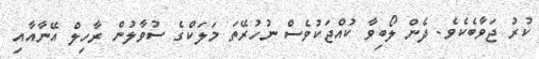
ކުރު ޖަވާބެކެވެ. ދެން ލޯބިވާ ކުއްޖަކުވެސް ނުހުރޭތަ މަލަކްގެ ސުވާލުން ރާހިލް އޭނާއާއި